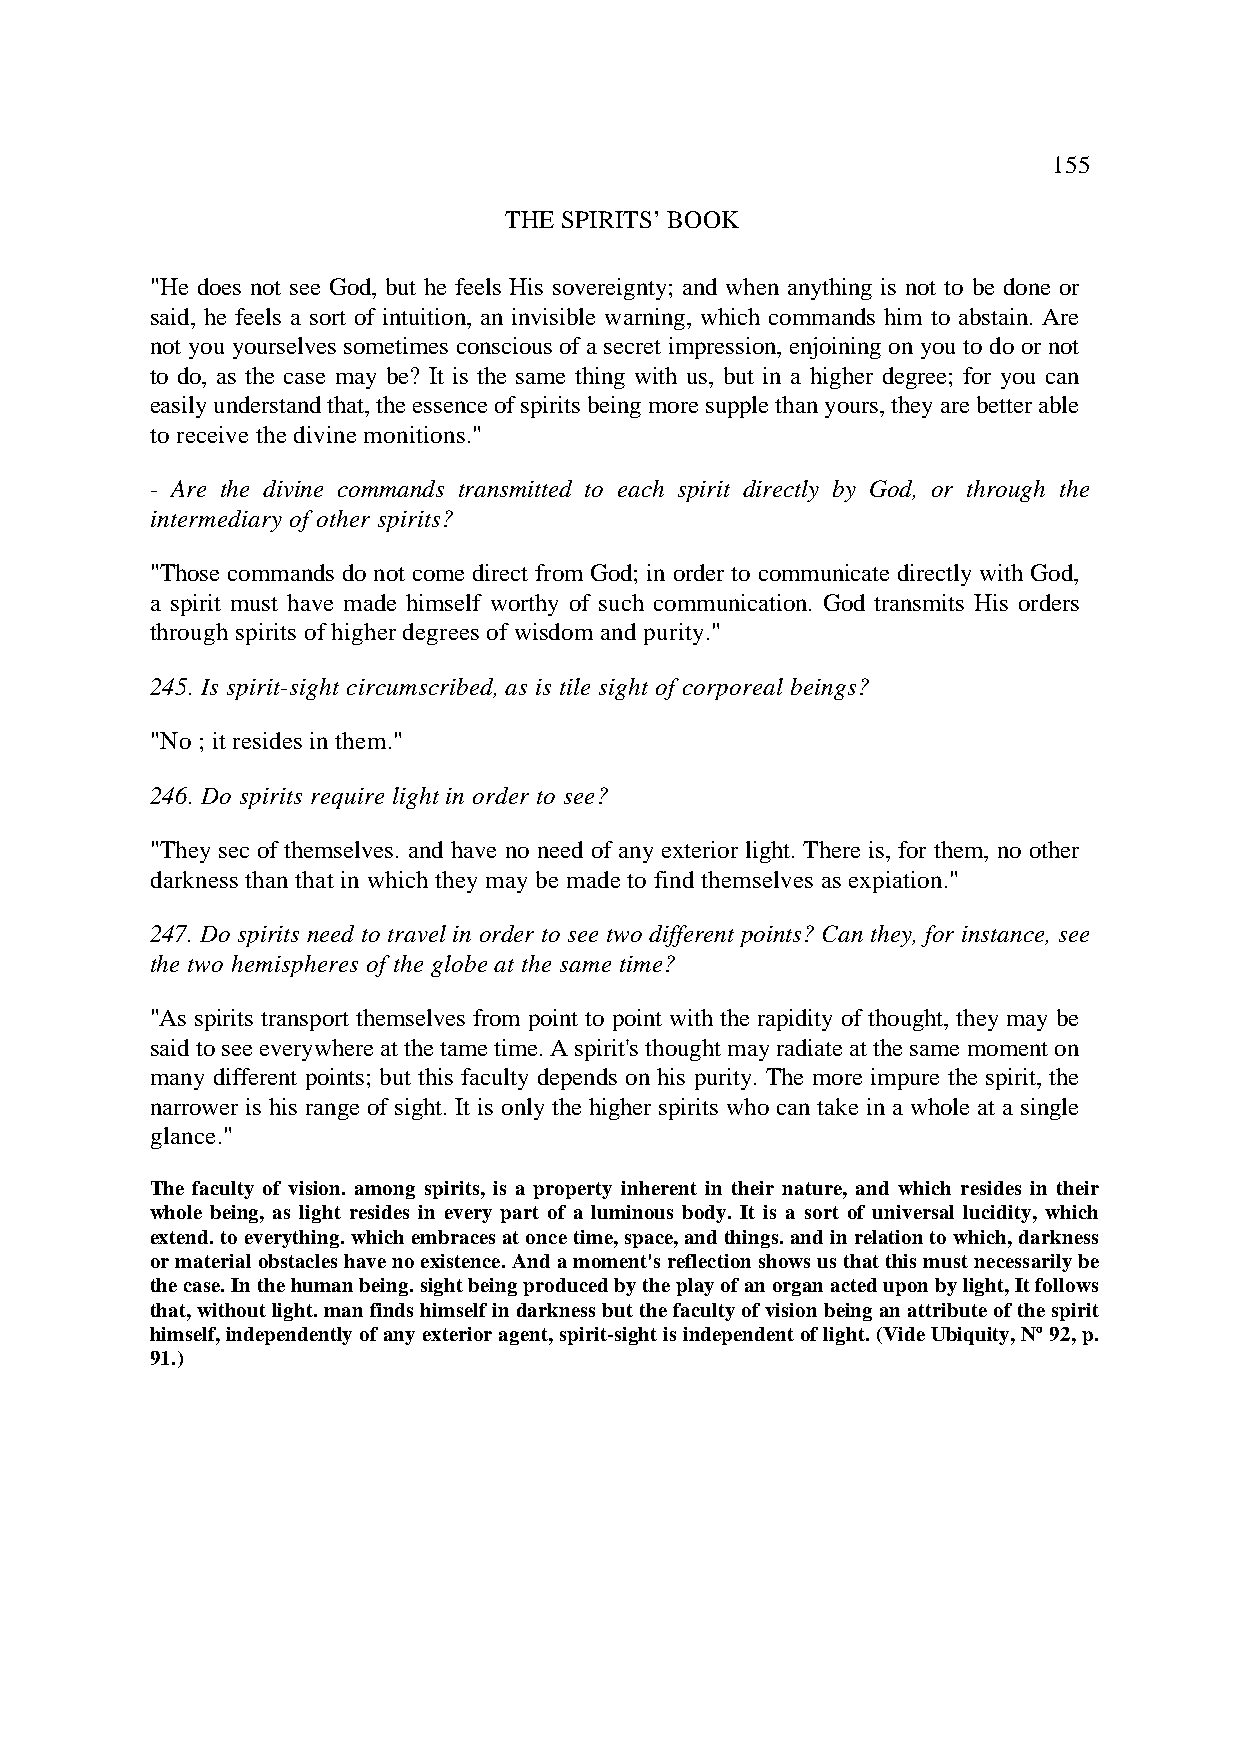
155
 THE SPIRITS’ BOOK
 "He does not see God, but he feels His sovereignty; and when anything is not to be done or
 said, he feels a sort of intuition, an invisible warning, which commands him to abstain. Are
 not you yourselves sometimes conscious of a secret impression, enjoining on you to do or not
 to do, as the case may be? It is the same thing with us, but in a higher degree; for you can
 easily understand that, the essence of spirits being more supple than yours, they are better able
 to receive the divine monitions."
 - Are the divine commands transmitted to each spirit directly by God, or through the
 intermediary of other spirits?
 "Those commands do not come direct from God; in order to communicate directly with God,
 a spirit must have made himself worthy of such communication. God transmits His orders
 through spirits of higher degrees of wisdom and purity."
 245. Is spirit-sight circumscribed, as is tile sight of corporeal beings?
 "No ; it resides in them."
 246. Do spirits require light in order to see?
 "They sec of themselves. and have no need of any exterior light. There is, for them, no other
 darkness than that in which they may be made to find themselves as expiation."
 247. Do spirits need to travel in order to see two different points? Can they, for instance, see
 the two hemispheres of the globe at the same time?
 "As spirits transport themselves from point to point with the rapidity of thought, they may be
 said to see everywhere at the tame time. A spirit's thought may radiate at the same moment on
 many different points; but this faculty depends on his purity. The more impure the spirit, the
 narrower is his range of sight. It is only the higher spirits who can take in a whole at a single
 glance."
 The faculty of vision. among spirits, is a property inherent in their nature, and which resides in their
 whole being, as light resides in every part of a luminous body. It is a sort of universal lucidity, which
 extend. to everything. which embraces at once time, space, and things. and in relation to which, darkness
 or material obstacles have no existence. And a moment's reflection shows us that this must necessarily be
 the case. In the human being. sight being produced by the play of an organ acted upon by light, It follows
 that, without light. man finds himself in darkness but the faculty of vision being an attribute of the spirit
 himself, independently of any exterior agent, spirit-sight is independent of light. (Vide Ubiquity, Nº 92, p.
 91.)